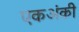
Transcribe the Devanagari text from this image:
एकअंकी